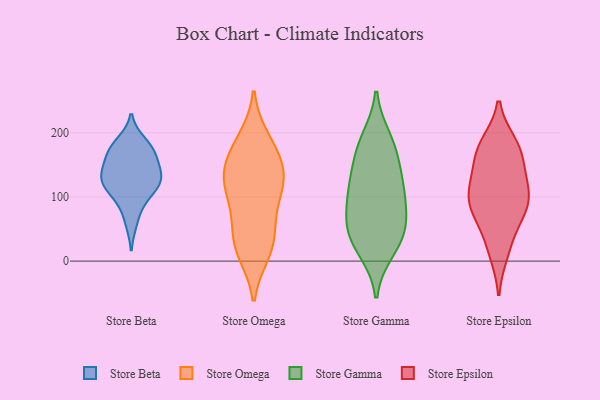
{"axis": {"x": "Shipments", "y": "Value"}, "legend": ["Store Beta", "Store Epsilon", "Store Gamma", "Store Omega"], "data": [{"x": "", "y": 90, "type": "Store Beta"}, {"x": "", "y": 185, "type": "Store Beta"}, {"x": "", "y": 177, "type": "Store Beta"}, {"x": "", "y": 166, "type": "Store Beta"}, {"x": "", "y": 120, "type": "Store Beta"}, {"x": "", "y": 138, "type": "Store Beta"}, {"x": "", "y": 128, "type": "Store Beta"}, {"x": "", "y": 174, "type": "Store Beta"}, {"x": "", "y": 133, "type": "Store Beta"}, {"x": "", "y": 136, "type": "Store Beta"}, {"x": "", "y": 61, "type": "Store Beta"}, {"x": "", "y": 159, "type": "Store Beta"}, {"x": "", "y": 111, "type": "Store Beta"}, {"x": "", "y": 113, "type": "Store Beta"}, {"x": "", "y": 78, "type": "Store Omega"}, {"x": "", "y": 132, "type": "Store Omega"}, {"x": "", "y": 12, "type": "Store Omega"}, {"x": "", "y": 129, "type": "Store Omega"}, {"x": "", "y": 135, "type": "Store Omega"}, {"x": "", "y": 163, "type": "Store Omega"}, {"x": "", "y": 187, "type": "Store Omega"}, {"x": "", "y": 162, "type": "Store Omega"}, {"x": "", "y": 20, "type": "Store Omega"}, {"x": "", "y": 191, "type": "Store Omega"}, {"x": "", "y": 16, "type": "Store Omega"}, {"x": "", "y": 118, "type": "Store Omega"}, {"x": "", "y": 95, "type": "Store Omega"}, {"x": "", "y": 123, "type": "Store Omega"}, {"x": "", "y": 53, "type": "Store Omega"}, {"x": "", "y": 45, "type": "Store Omega"}, {"x": "", "y": 142, "type": "Store Gamma"}, {"x": "", "y": 167, "type": "Store Gamma"}, {"x": "", "y": 100, "type": "Store Gamma"}, {"x": "", "y": 53, "type": "Store Gamma"}, {"x": "", "y": 96, "type": "Store Gamma"}, {"x": "", "y": 128, "type": "Store Gamma"}, {"x": "", "y": 41, "type": "Store Gamma"}, {"x": "", "y": 111, "type": "Store Gamma"}, {"x": "", "y": 16, "type": "Store Gamma"}, {"x": "", "y": 69, "type": "Store Gamma"}, {"x": "", "y": 24, "type": "Store Gamma"}, {"x": "", "y": 184, "type": "Store Gamma"}, {"x": "", "y": 191, "type": "Store Gamma"}, {"x": "", "y": 53, "type": "Store Gamma"}, {"x": "", "y": 112, "type": "Store Epsilon"}, {"x": "", "y": 162, "type": "Store Epsilon"}, {"x": "", "y": 69, "type": "Store Epsilon"}, {"x": "", "y": 150, "type": "Store Epsilon"}, {"x": "", "y": 114, "type": "Store Epsilon"}, {"x": "", "y": 97, "type": "Store Epsilon"}, {"x": "", "y": 25, "type": "Store Epsilon"}, {"x": "", "y": 180, "type": "Store Epsilon"}, {"x": "", "y": 94, "type": "Store Epsilon"}, {"x": "", "y": 183, "type": "Store Epsilon"}, {"x": "", "y": 75, "type": "Store Epsilon"}, {"x": "", "y": 175, "type": "Store Epsilon"}, {"x": "", "y": 77, "type": "Store Epsilon"}, {"x": "", "y": 13, "type": "Store Epsilon"}, {"x": "", "y": 121, "type": "Store Epsilon"}]}